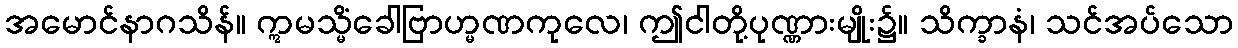
အမောင်နာဂသိန်။ ဣမသ္မိံခေါဗြာဟ္မဏကုလေ၊ ဤငါတို့ပုဏ္ဏားမျိုး၌။ သိက္ခာနံ၊ သင်အပ်သော